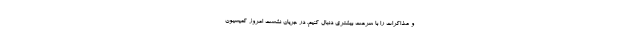
و مذاکرات را با سرعت بیشتری دنبال کنیم. در جریان نشست امروز کمیسیون